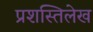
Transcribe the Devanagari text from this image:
प्रशस्तिलेख